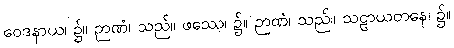
ဝေဒနာယ၊ ၌။ ဉာဏံ၊ သည်။ ဖဿေ၊ ၌။ ဉာဏံ၊ သည်။ သဠာယတနေ၊ ၌။